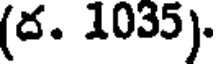
(ద. 1035).